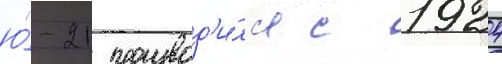
ю́-21 производ'и́лс'я с 1924